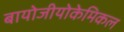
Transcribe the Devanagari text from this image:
बायोजीयोकेमिकल